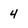
Character: 4